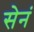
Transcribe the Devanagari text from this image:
सेनं